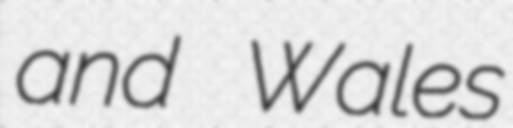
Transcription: and Wales